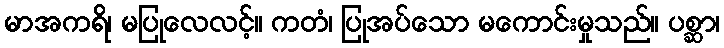
မာအကရိ၊ မပြုလေလင့်။ ကတံ၊ ပြုအပ်သော မကောင်းမှုသည်။ ပစ္ဆာ၊